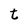
Character: t